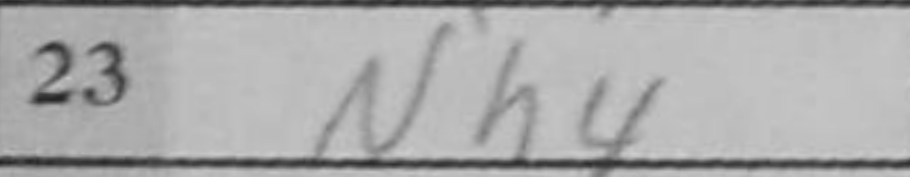
Transcription: Nh4